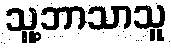
သူ့ဘာသာသူ